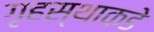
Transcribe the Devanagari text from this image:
गृहस्थाकडे